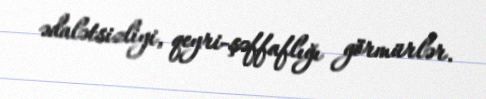
ədalətsizliyi, qeyri-şəffaflığı görmürlər.